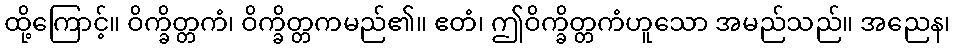
ထို့ကြောင့်။ ဝိက္ခိတ္တကံ၊ ဝိက္ခိတ္တကမည်၏။ ဧတံ၊ ဤဝိက္ခိတ္တကံဟူသော အမည်သည်။ အညေန၊